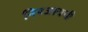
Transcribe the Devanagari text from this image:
निपजायची